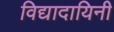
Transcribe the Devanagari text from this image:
विद्यादायिनी